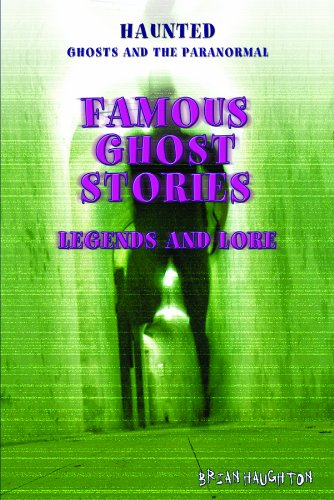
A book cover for Famous Ghost Stories: Legends and Lore (Haunted: Ghosts and the Paranormal); Brian Haughton; Teen & Young Adult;